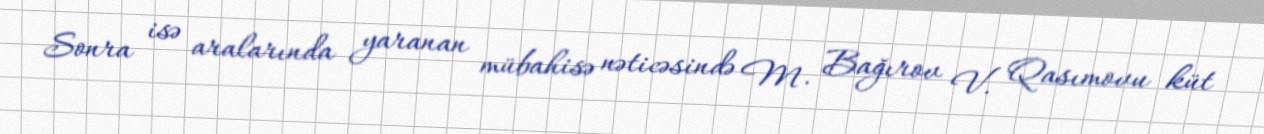
Sonra isə aralarında yaranan mübahisə nəticəsində M. Bağırov V. Qasımovu küt